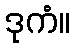
ဒုကံ။